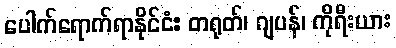
ပေါက်ရောက်ရာနိုင်ငံ: တရုတ်၊ ဂျပန်၊ ကိုရီးယား